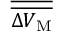
\overline { { \overline { { \Delta V _ { \mathrm M } } } } }